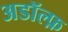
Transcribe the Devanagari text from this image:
अडॉल्फ़